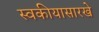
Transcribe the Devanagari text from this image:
स्वकीयासारखे